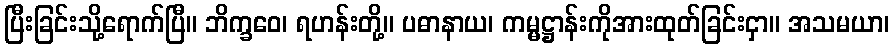
ပြီးခြင်းသို့ရောက်ပြီ။ ဘိက္ခဝေ၊ ရဟန်းတို့။ ပဓာနာယ၊ ကမ္မဋ္ဌာန်းကိုအားထုတ်ခြင်းငှာ။ အသမယာ၊